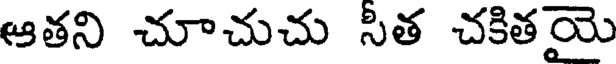
ఆతని చూచుచు సిత చకితయె